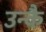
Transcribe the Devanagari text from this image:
उन्कै